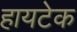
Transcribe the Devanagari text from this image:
हायटेक